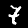
Label: 7